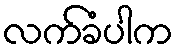
လက်ခံပါက